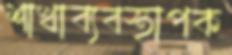
শাখাব্যবস্থাপক